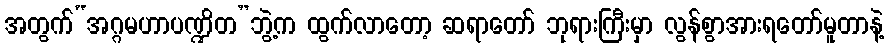
အတွက်“အဂ္ဂမဟာပဏ္ဍိတ”ဘွဲ့က ထွက်လာတော့ ဆရာတော် ဘုရားကြီးမှာ လွန်စွာအားရတော်မူတာနဲ့